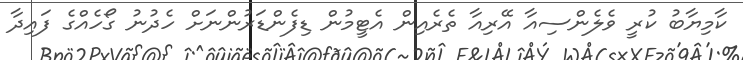
ކާމިޔާބު ކުރީ ވެލެންސިއާ އޭރިއާ ތެރެއިން އެޓީމުން ޑިފެންޑަރުންނަށް ހެދުނު ގޯހެއްގެ ފައިދާ